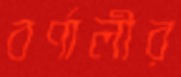
বর্ণালীর